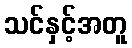
သင်နှင့်အတူ